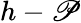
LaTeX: h-\mathscr{P}